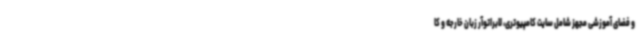
و فضای آموزشی مجهز شامل سایت کامپیوتری، لابراتوآر زبان خارجه و کا